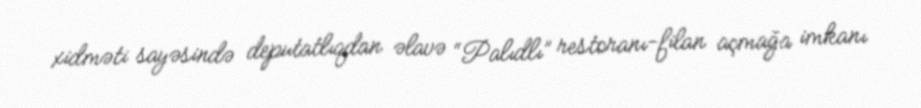
xidməti sayəsində deputatlıqdan əlavə “Palıdlı” restoranı-filan açmağa imkanı